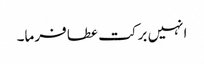
انہیں برکت عطا فرما۔